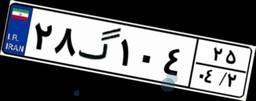
۲۸گ۱۰۴۲۵